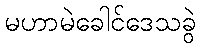
မဟာမဲခေါင်ဒေသခွဲ